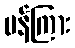
ပန်ကြား